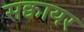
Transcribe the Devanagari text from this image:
सक्वायर